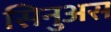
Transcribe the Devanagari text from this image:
सिनुअस